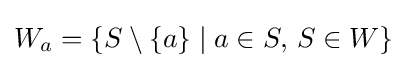
W_{a}=\{S\setminus \{a\}\mid a\in S,\,S\in W\}